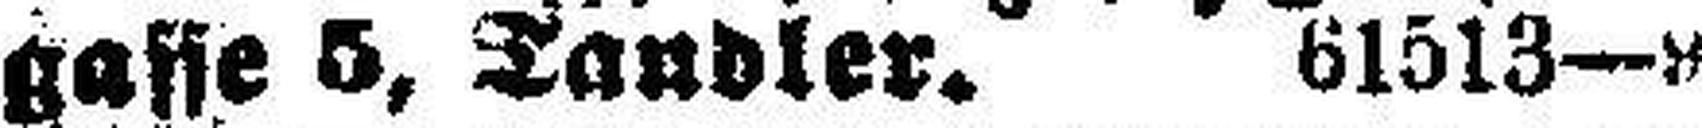
gasse 5, Tandler. 61513—9